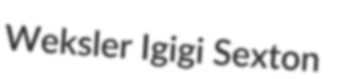
Weksler Igigi Sexton